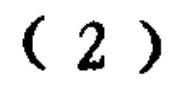
\((2)\)